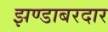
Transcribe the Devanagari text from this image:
झण्डाबरदार